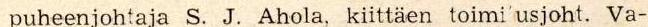
puheenjohtaja S. J. Ahola, kiittäen toimi'usjoht. Va-